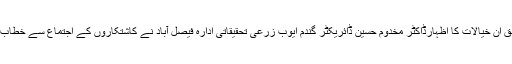
آن لائن کے مطابق ان خیالات کا اظہارڈاکٹر مخدوم حسین ڈائریکٹر گندم ایوب زرعی تحقیقاتی ادارہ فیصل آباد نے کاشتکاروں کے اجتماع سے خطاب کرتے ہوئے کیا۔